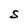
Character: S